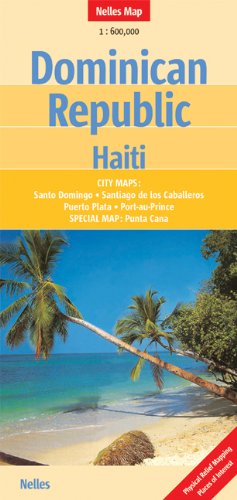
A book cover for Dominican Republic/Haiti 1:600 000 Nelles Map (English, French and German Edition); Nelles Verlag; Travel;